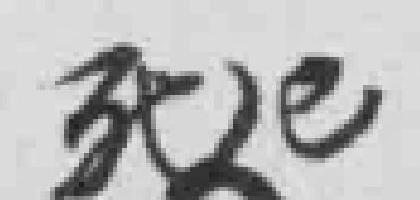
死已